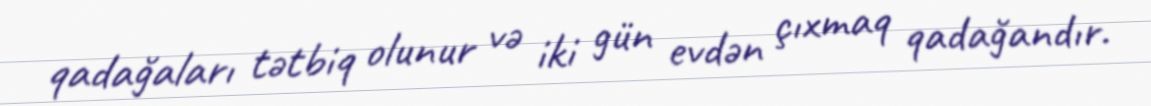
qadağaları tətbiq olunur və iki gün evdən çıxmaq qadağandır.